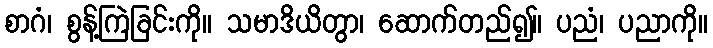
စာဂံ၊ စွန့်ကြဲခြင်းကို။ သမာဒိယိတွာ၊ ဆောက်တည်၍။ ပညံ၊ ပညာကို။